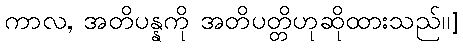
ကာလ, အတိပန္နကို အတိပတ္တိဟုဆိုထားသည်၊၊]